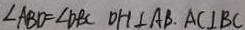
\angle A B D = \angle D B C O H \bot A B . A C \bot B C